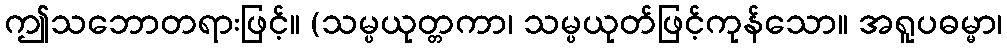
ဤသဘောတရားဖြင့်။ (သမ္ပယုတ္တကာ၊ သမ္ပယုတ်ဖြင့်ကုန်သော။ အရူပဓမ္မာ၊